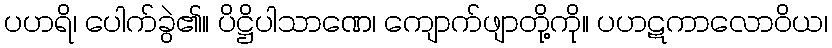
ပဟရိ၊ ပေါက်ခွဲ၏။ ပိဋ္ဌိပါသာဏေ၊ ကျောက်ဖျာတို့ကို။ ပဟဋကာလောဝိယ၊